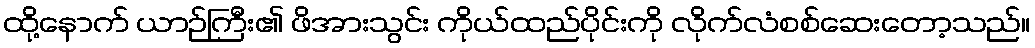
ထို့နောက် ယာဉ်ကြီး၏ ဖိအားသွင်း ကိုယ်ထည်ပိုင်းကို လိုက်လံစစ်ဆေးတော့သည်။